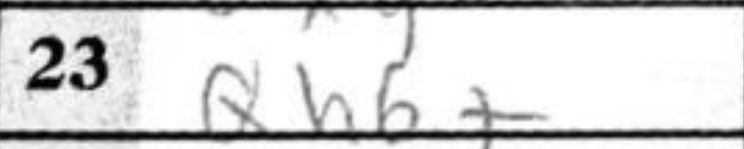
Transcription: Qh6+